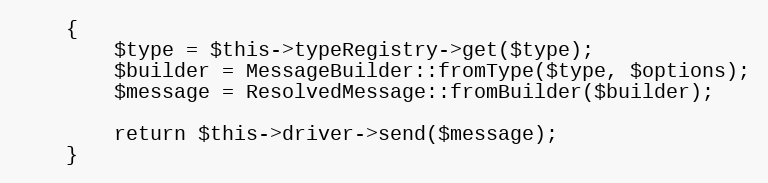
Language: PHP
    {
        $type = $this->typeRegistry->get($type);
        $builder = MessageBuilder::fromType($type, $options);
        $message = ResolvedMessage::fromBuilder($builder);

        return $this->driver->send($message);
    }